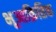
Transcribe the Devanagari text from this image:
भूआक्रितिक